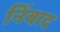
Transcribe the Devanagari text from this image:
निंबाद